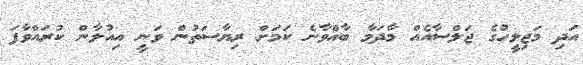
އަދި މަޖިލީހުގެ ޖަލްސާއެއް މާދަމާ ބާއްވާނެ ކަމަށް ރިޔާސަތުން ވަނީ އިއުލާން ކުރައްވާފަ